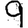
Digit: 9